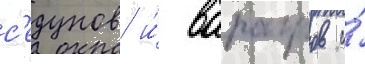
с'едунов и́ варагров и́